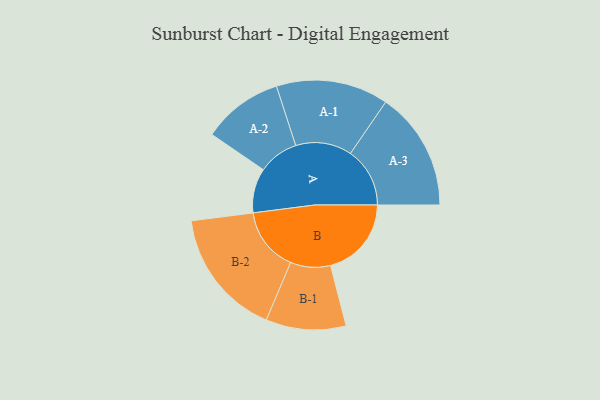
{"axis": {"x": "Segment", "y": "Value"}, "legend": ["", "A", "B"], "data": [{"x": "A", "y": 177, "type": ""}, {"x": "B", "y": 321, "type": ""}, {"x": "A-1", "y": 223, "type": "A"}, {"x": "A-2", "y": 160, "type": "A"}, {"x": "A-3", "y": 236, "type": "A"}, {"x": "B-1", "y": 159, "type": "B"}, {"x": "B-2", "y": 254, "type": "B"}]}